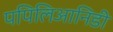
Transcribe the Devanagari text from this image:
पपिलिआनिडी